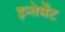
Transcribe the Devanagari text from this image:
इन्तेर्मेंट